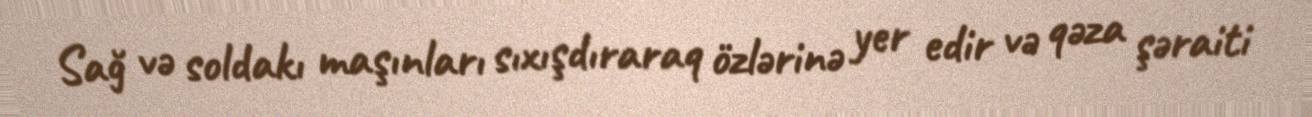
Sağ və soldakı maşınları sıxışdıraraq özlərinə yer edir və qəza şəraiti